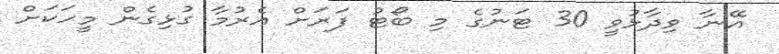
އޭނާ ވިދާޅުވީ 30 ޓަނުގެ މި ބޯޓު ފަރަށް އެރުމާ ގުޅިގެން މީހަކަށް